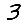
Digit: 3